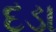
દડા